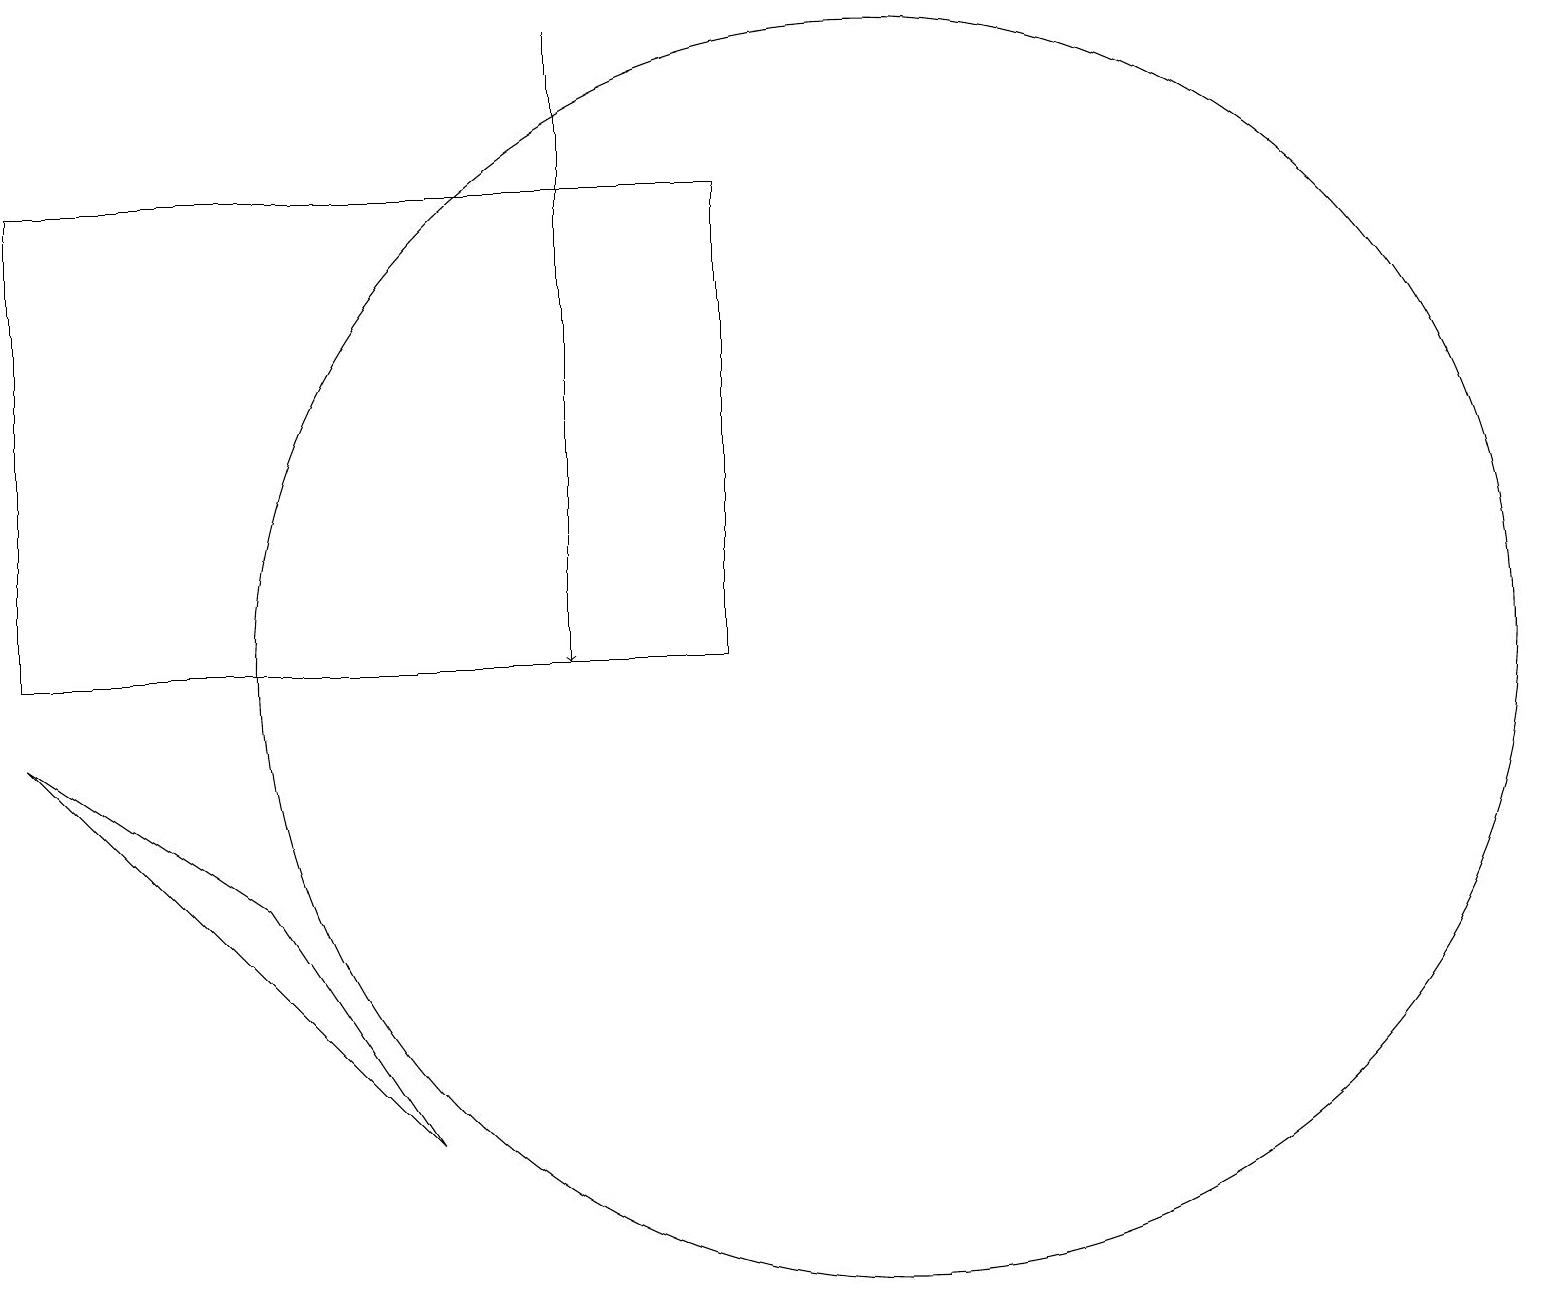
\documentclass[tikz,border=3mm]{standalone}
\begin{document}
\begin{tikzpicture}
\draw (11,10) circle (8);
\draw (3,7) -- (0,9) -- (5,4) -- cycle;
\draw[->] (7,15) -- (7,10);
\draw (7,18) rectangle (7,14);
\draw (9,16) rectangle (0,10);
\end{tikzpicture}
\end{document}